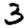
Digit: 3